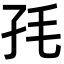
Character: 𡥊